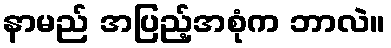
နာမည် အပြည့်အစုံက ဘာလဲ။